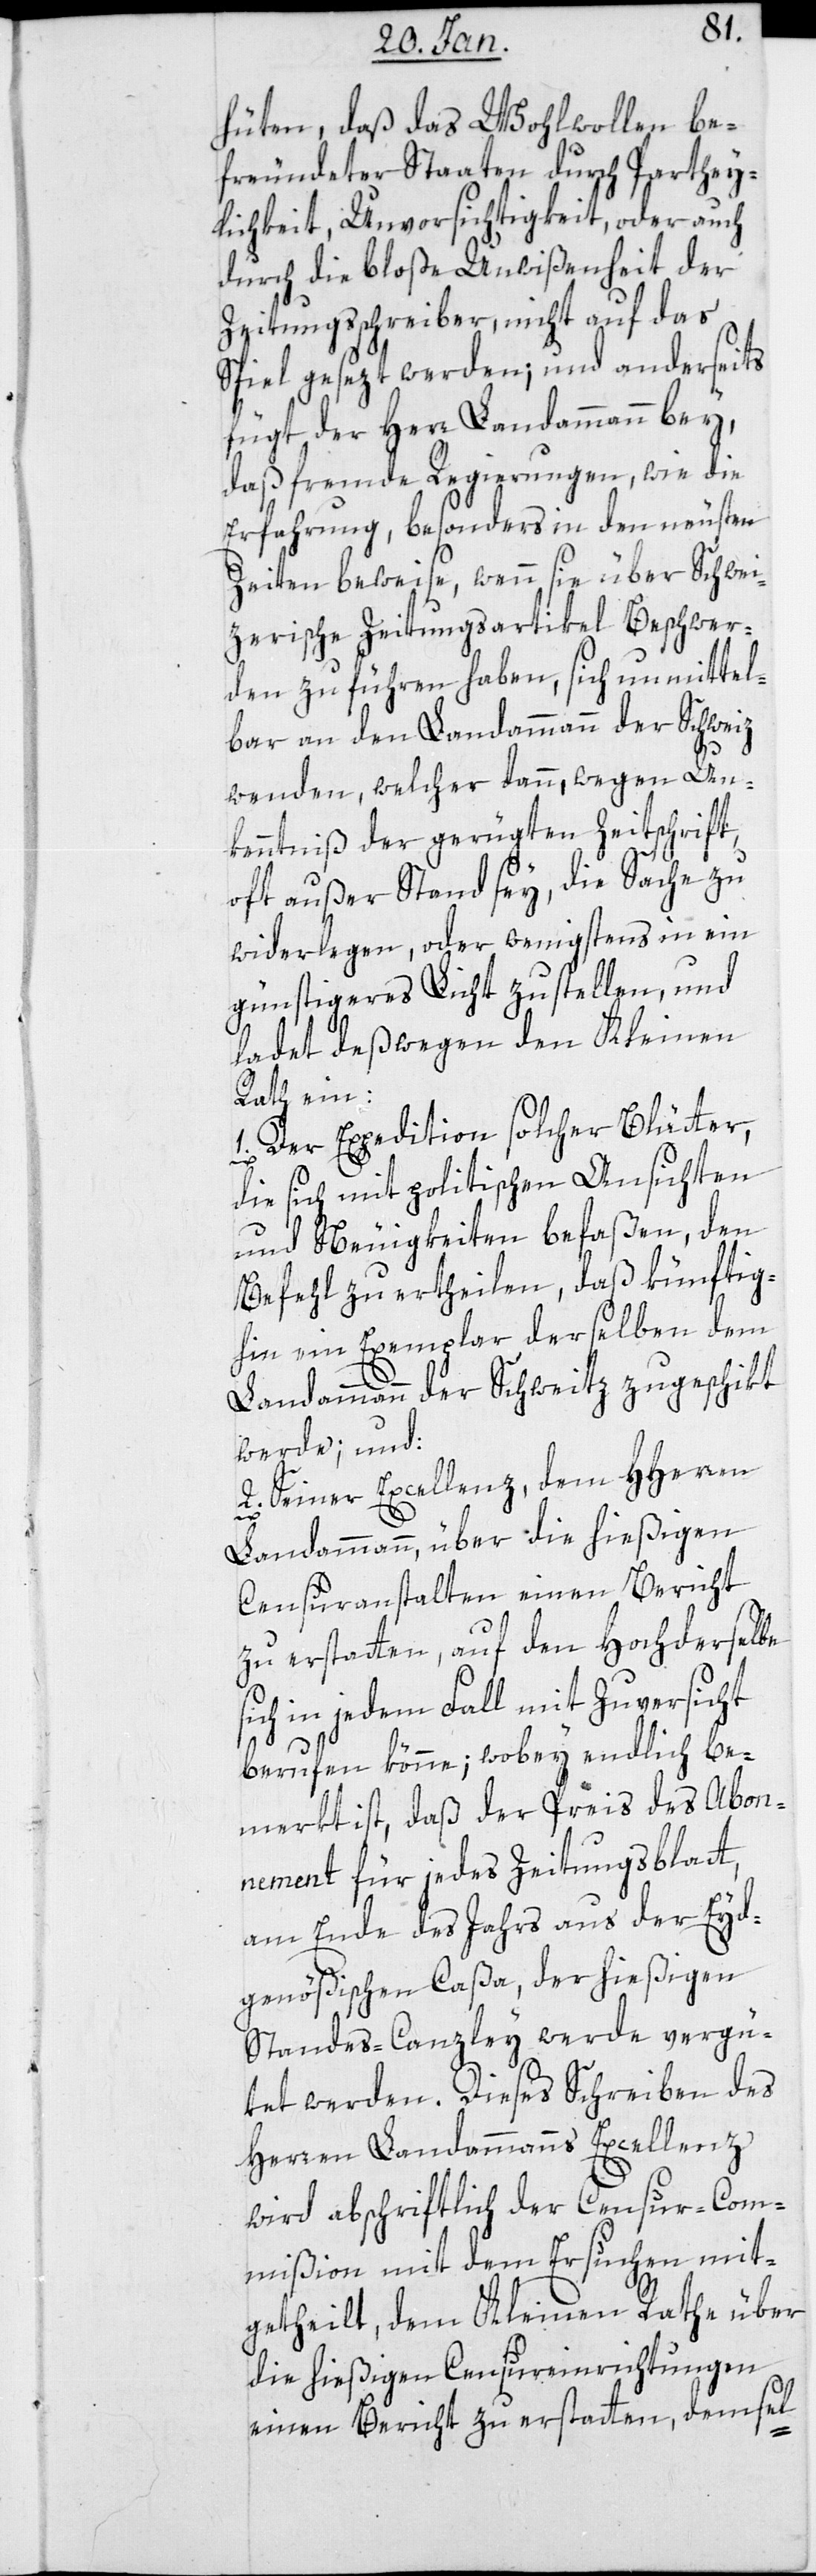
hüten, daß das Wohlwollen be¬
freundeter Staaten durch Parthey¬
lichkeit, Unvorsichtigkeit oder auch
durch die bloße Unwißenheit der
Zeitungsschreiber, nicht auf das
Spiel gesetzt werden; und anderseits
fügt der Herr Landammann bey,
daß fremde Regierungen, wie die
Erfahrung, besonders in den neusten
Zeiten beweise, wenn sie über Schwei¬
tzerische Zeitungsartikel Beschwer¬
den zu führen haben, sich unmittel¬
bar an den Landammann der Schweitz
wenden, welcher dann, wegen Un¬
kenntnis der gerügten Zeitschrift,
oft außer Stand sey, die Sache zu
widerlegen, oder wenigstens in ein
günstigeres Licht zu stellen, und
ladet deßwegen den Kleinen
Rath ein:
1. Der Expedition solcher Blätter,
die sich mit politischen Ansichten
und Neuigkeiten befaßen, den
Befehl zu erteilen, daß künftig¬
hin ein Exemplar derselben dem
Landammann der Schweitz zugeschikt
werde; und
2. Seiner Excellenz dem Herren
Landammann, über die hießigen
Censuranstalten einen Bericht
zu erstatten, auf den Hochderselbe
sich in jedem Fall mit Zuversicht
berufen könne; wobey endlich be¬
merkt ist, daß der Preis des Abon¬
nement für jedes Zeitungsblatt,
am Ende des Jahrs aus der Eyd¬
genößischen Caßa der hießigen
Standescanzlei werde vergü¬
tet werden. Dieses Schreiben des
Herren Landammanns Excellenz
wird abschriftlich der Censur-Com¬
mißion mit dem Ersuchen mit¬
geteilt, dem Kleinen Rathe über
die hießigen Censur-Einrichtungen
einen Bericht zu erstatten, demsel-